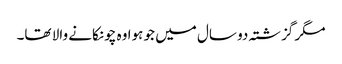
مگر گزشتہ دو سال میں جو ہوا وہ چونکانے والا تھا۔